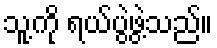
သူ့ကို ရယ်ပွဲဖွဲ့သည်။